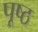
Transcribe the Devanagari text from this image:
पूष्ठ